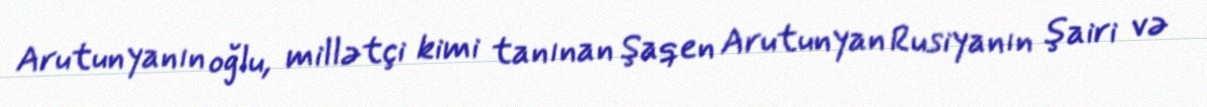
Arutunyanın oğlu, millətçi kimi tanınan Şaqen Arutunyan Rusiyanın şairi və